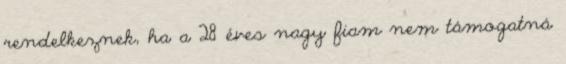
rendelkeznek, ha a 28 éves nagy fiam nem támogatná